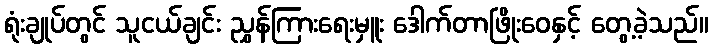
ရုံးချုပ်တွင် သူငယ်ချင်း ညွှန်ကြားရေးမှူး ဒေါက်တာဖြိုးဝေနှင့် တွေ့ခဲ့သည်။